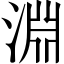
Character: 淵